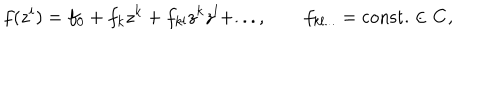
f ( z ^ { i } ) = f _ { 0 } + f _ { k } z ^ { k } + f _ { k l } z ^ { k } z ^ { l } + . . . , \qquad f _ { k l . . . } = \mathrm { c o n s t . } \in { \bf C } ,